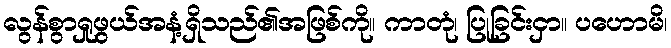
လွန်စွာရှုဖွယ်အနံ့ရှိသည်၏အဖြစ်ကို။ ကာတုံ၊ ပြုခြင်းငှာ။ ပဟောမိ၊